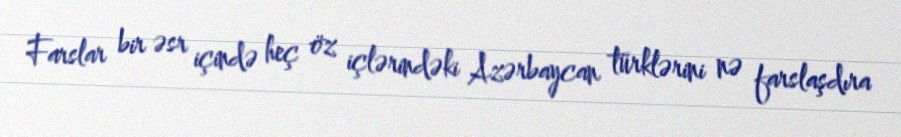
Farslar bir əsr içində heç öz içlərindəki Azərbaycan türklərini nə farslaşdıra